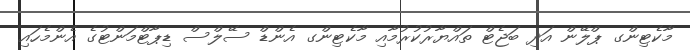
މާކެޓިންގ ޕްލޭން އަދި ބަޖެޓް ތައްޔާރުކުރުމާއި މާކެޓިންގ އެންޑް ސޭލްސް ޑިޕާޓްމަންޓުގެ އެންމެހައި